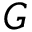
G